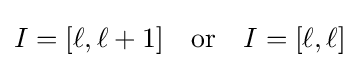
I=[\ell ,\ell +1]\quad {\text{or}}\quad I=[\ell ,\ell ]